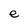
Character: e